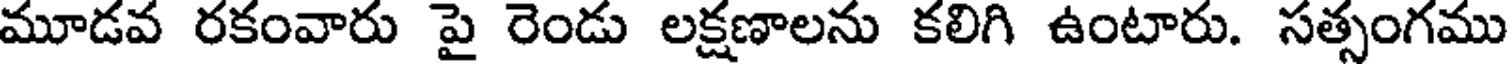
మూడవ రకంవారు పై రెండు లక్షణాలను కలిగి ఉంటారు. సత్సంగము